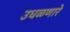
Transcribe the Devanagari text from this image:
उधळणारे